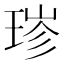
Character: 𬍮